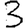
Digit: 3